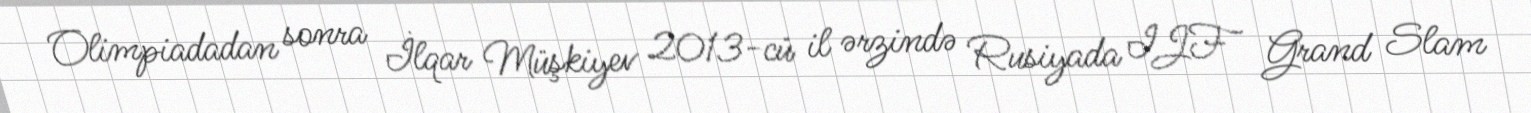
Olimpiadadan sonra İlqar Müşkiyev 2013-cü il ərzində Rusiyada IJF Grand Slam